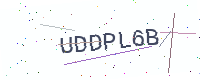
Text: UDDPL6B